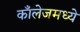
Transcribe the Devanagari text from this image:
काँलेजमध्ये